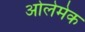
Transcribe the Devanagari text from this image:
ओलेमेक